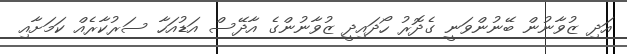
އަދި ޒުވާނުން ބޭނުންވަނީ ގެދޮރު ހޯދައިދީ ޒުވާނުންގެ އާދޭސް އަޑުއަހާ ސަރުކާރެއް ކަމަށާއި